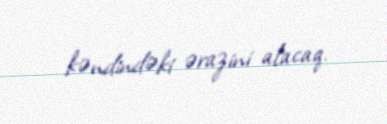
kəndindəki ərazini alacaq.